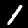
Label: 1